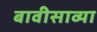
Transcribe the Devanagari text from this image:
बावीसाव्या